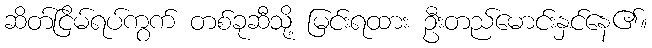
ဆိတ်ငြိမ်ရပ်ကွက် တစ်ခုဆီသို့ မြင်းရထား ဦးတည်မောင်းနှင်နေ၏။